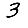
Digit: 3